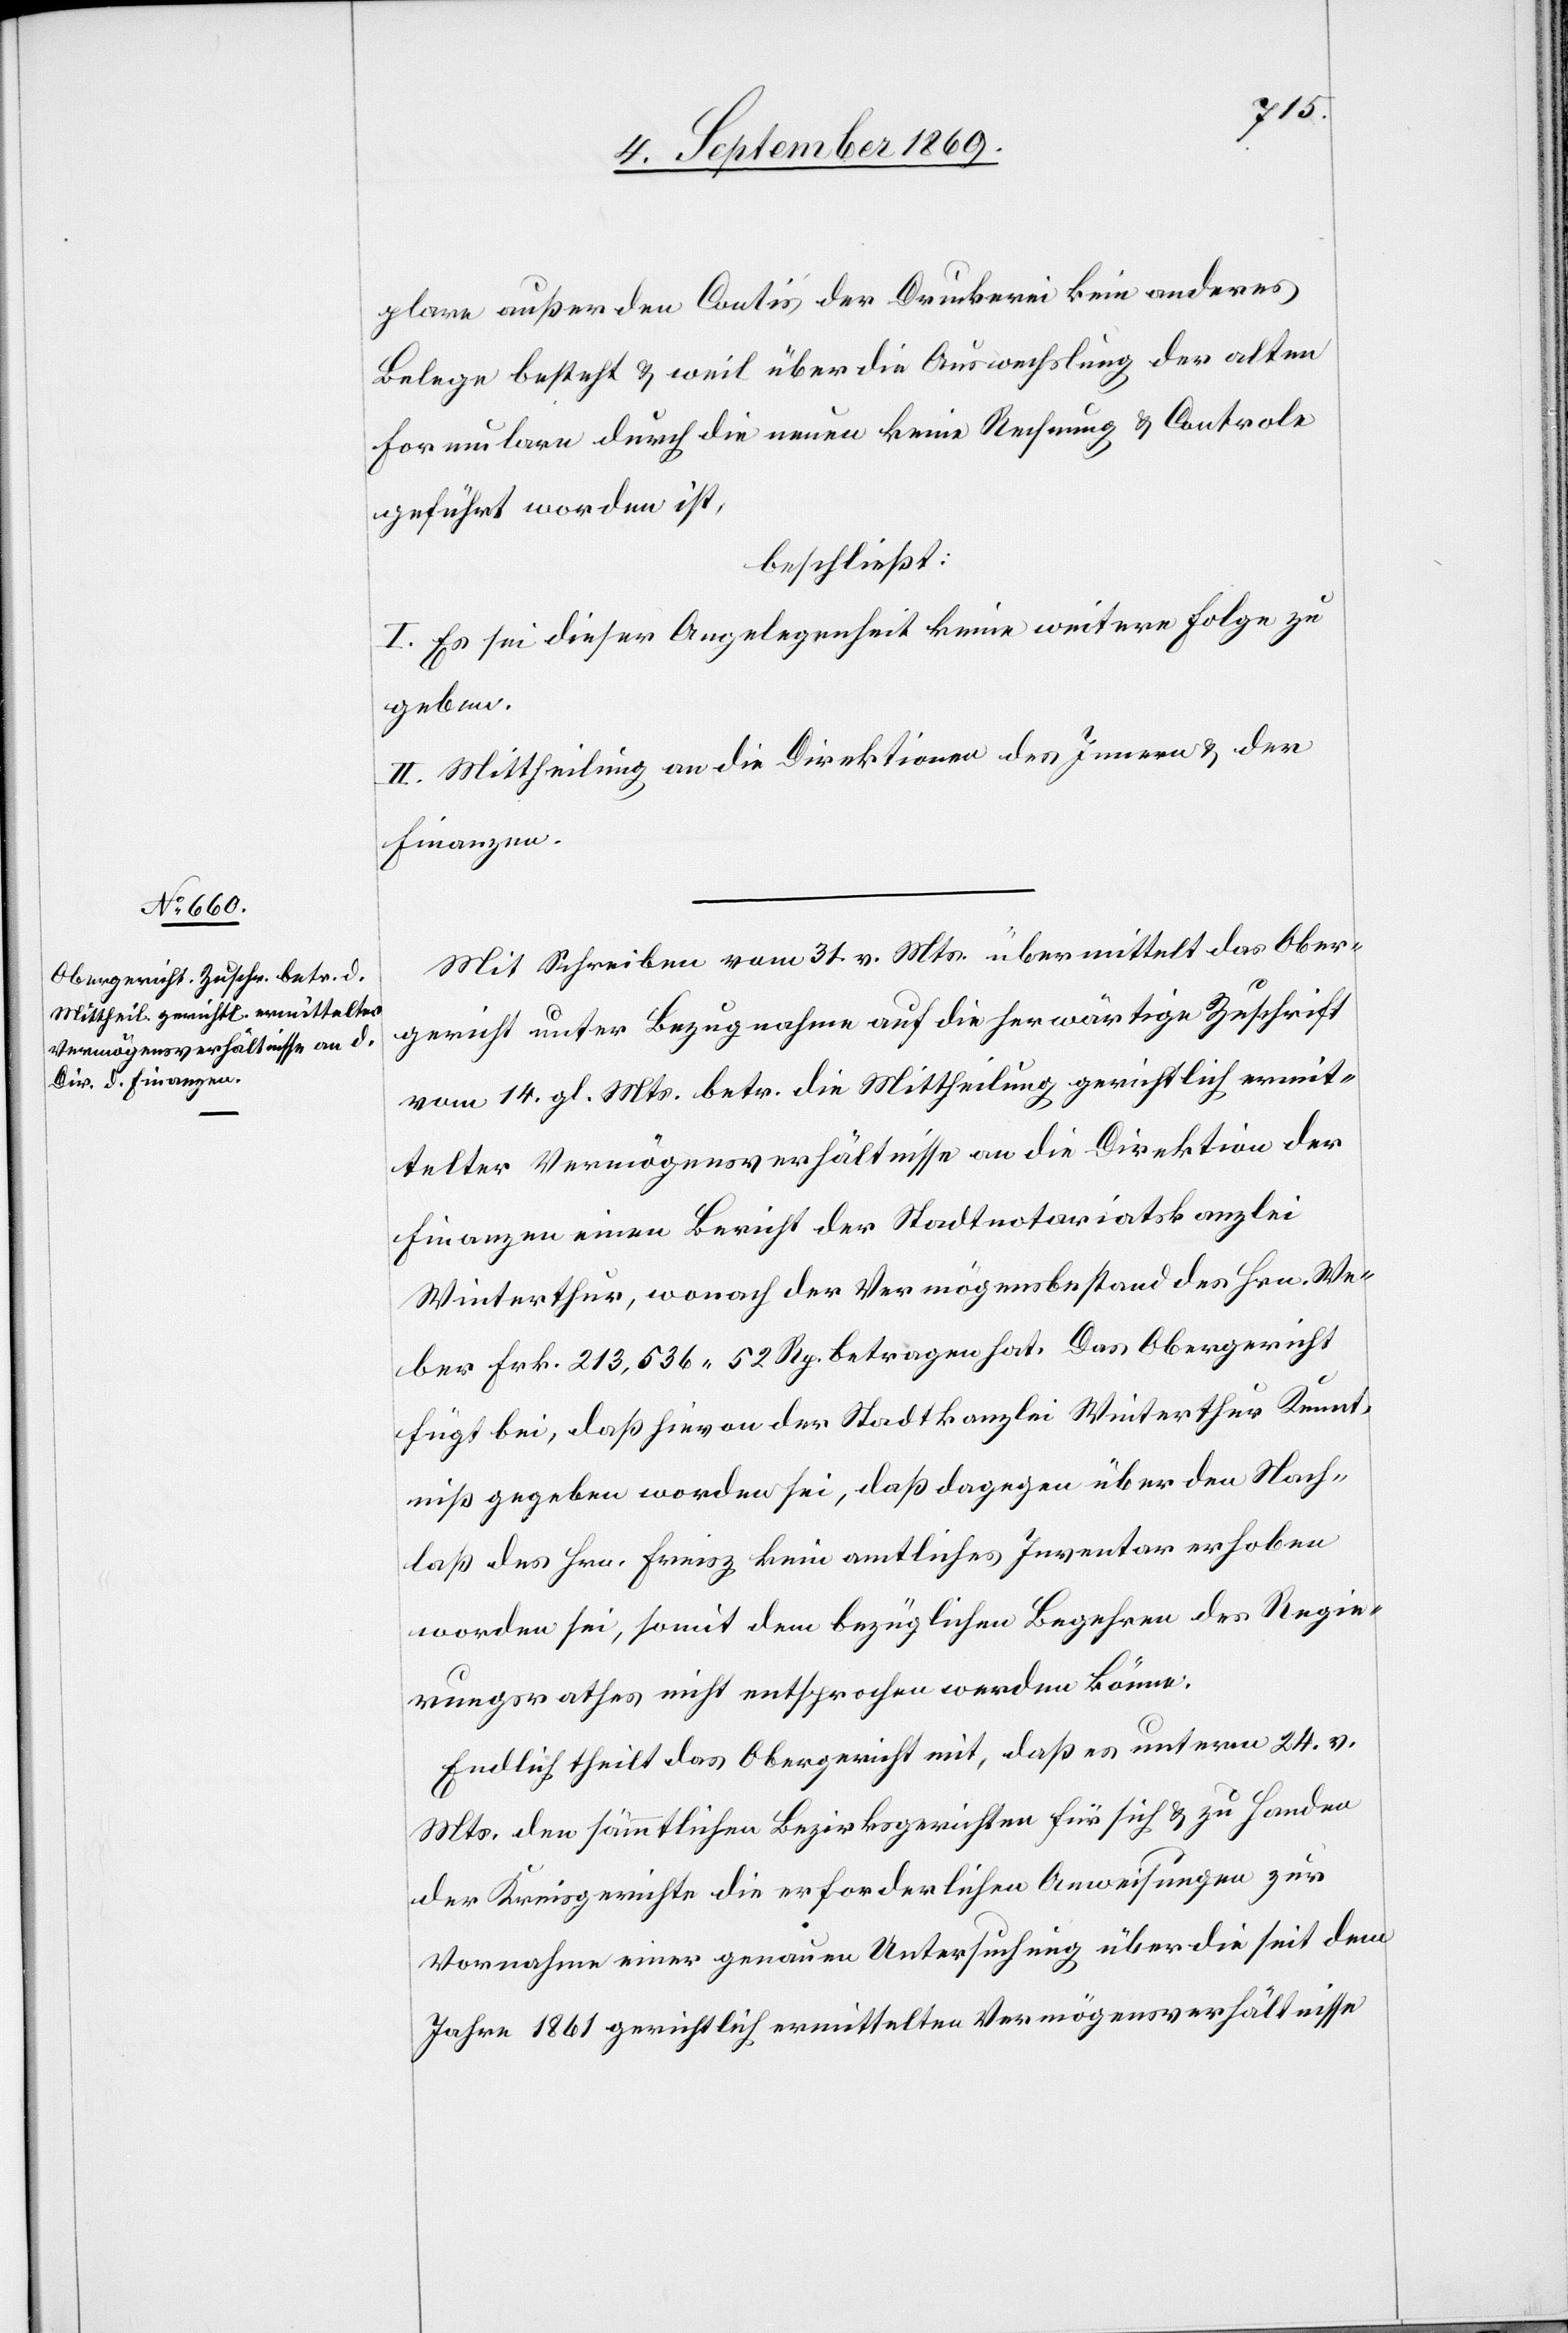
Mit Schreiben vom 31. v. Mts. übermittelt das Ober¬
gericht unter Bezugnahme auf die herwärtige Zuschrift
vom 14. gl. Mts. betr. die Mittheilung gerichtlich ermit¬
telter Vermögensverhältnisse an die Direktion der
Finanzen einen Bericht der Stadtnotariatskanzlei
Winterthur, wonach der Vermögensbestand des Hrn. We¬
ber Frk. 213,536 52 Rp. betragen hat. Das Obergericht
fügt bei, daß hievon der Stadtkanzlei Winterthur Kennt¬
niß gegeben worden sei, daß dagegen über den Nach¬
laß des Hrn. Freisz kein amtliches Inventar erhoben
worden sei, somit dem bezüglichen Begehren des Regie¬
rungsrathes nicht entsprochen werden könne.
Endlich theilt das Obergericht mit, daß es unterm 24. v.
Mts. den sämmtlichen Bezirksgerichten für sich & zu Handen
der Kreisgerichte die erforderlichen Anweisungen zur
Vornahme einer genauen Untersuchung über die seit dem
Jahre 1861 gerichtlich ermittelten Vermögensverhältnisse